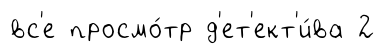
вс'е просмо́тр д'ет'ект'и́ва 2